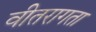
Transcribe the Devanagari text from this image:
वीतरागता